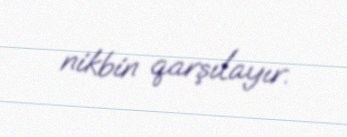
nikbin qarşılayır.